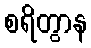
စရိတွာန